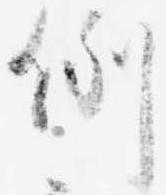
例